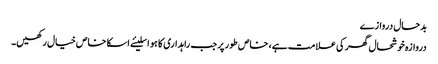
بدحال دروازے
دروازہ خوشحال گھر کی علامت ہے، خاص طور پر جب راہداری کا ہو اسلیئے اسکا خاص خیال رکھیں۔